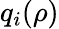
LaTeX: q_{i}(\rho)